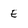
Character: E